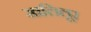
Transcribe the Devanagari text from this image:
खलिलूर